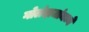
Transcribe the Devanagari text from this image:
गोलंदाजांमध्ये